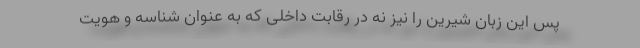
پس این زبان شیرین را نیز نه در رقابت داخلی که به عنوان شناسه و هویت